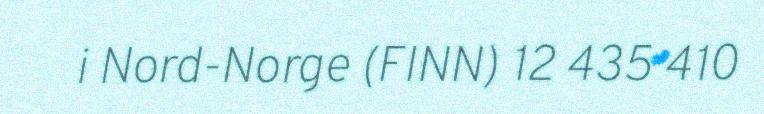
i Nord-Norge (FINN) 12 435 410